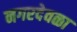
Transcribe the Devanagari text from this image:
नगरदेवळा